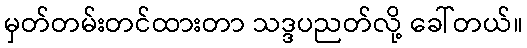
မှတ်တမ်းတင်ထားတာ သဒ္ဒပညတ်လို့ ခေါ်တယ်။